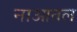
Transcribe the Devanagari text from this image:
नाआतल